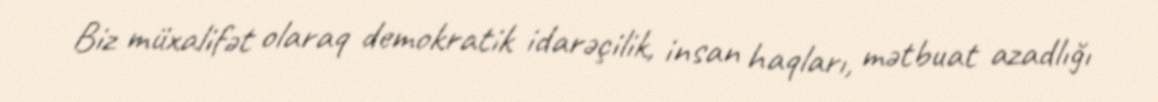
Biz müxalifət olaraq demokratik idarəçilik, insan haqları, mətbuat azadlığı